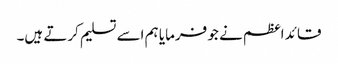
قائد اعظم نے جو فرمایا ہم اسے تسلیم کرتے ہیں۔